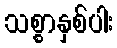
သစ္စာနှစ်ပါး